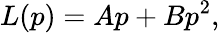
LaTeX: L(p)=Ap+Bp^{2},